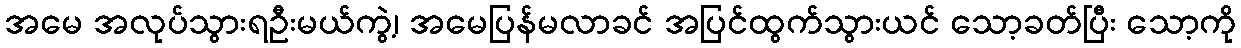
အမေ အလုပ်သွားရဦးမယ်ကွဲ့၊ အမေပြန်မလာခင် အပြင်ထွက်သွားယင် သော့ခတ်ပြီး သော့ကို